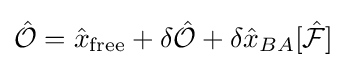
{\hat {\mathcal {O}}}={\hat {x}}_{\mathrm {free} }+\delta {\hat {\mathcal {O}}}+\delta {\hat {x}}_{BA}[{\hat {\mathcal {F}}}]